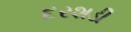
દરશડી